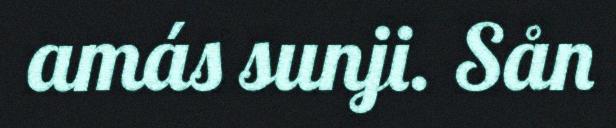
amás sunji. Sån